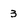
Character: 3